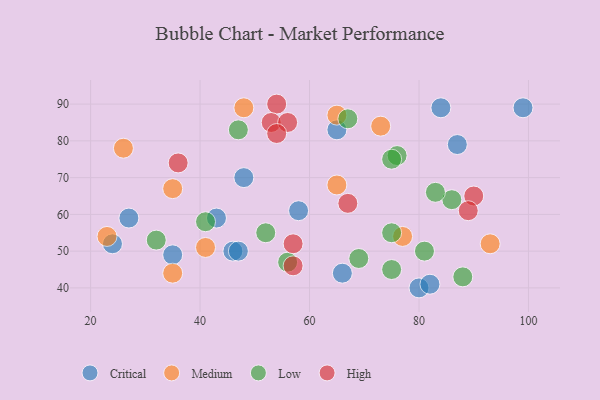
{"axis": {"x": "GDP", "y": "Life Expectancy"}, "legend": ["Critical", "High", "Low", "Medium"], "data": [{"x": "27", "y": 59, "type": "Critical"}, {"x": "84", "y": 89, "type": "Critical"}, {"x": "80", "y": 40, "type": "Critical"}, {"x": "82", "y": 41, "type": "Critical"}, {"x": "87", "y": 79, "type": "Critical"}, {"x": "24", "y": 52, "type": "Critical"}, {"x": "66", "y": 44, "type": "Critical"}, {"x": "58", "y": 61, "type": "Critical"}, {"x": "43", "y": 59, "type": "Critical"}, {"x": "99", "y": 89, "type": "Critical"}, {"x": "48", "y": 70, "type": "Critical"}, {"x": "46", "y": 50, "type": "Critical"}, {"x": "47", "y": 50, "type": "Critical"}, {"x": "65", "y": 83, "type": "Critical"}, {"x": "35", "y": 49, "type": "Critical"}, {"x": "77", "y": 54, "type": "Medium"}, {"x": "65", "y": 87, "type": "Medium"}, {"x": "26", "y": 78, "type": "Medium"}, {"x": "48", "y": 89, "type": "Medium"}, {"x": "35", "y": 67, "type": "Medium"}, {"x": "65", "y": 68, "type": "Medium"}, {"x": "35", "y": 44, "type": "Medium"}, {"x": "41", "y": 51, "type": "Medium"}, {"x": "73", "y": 84, "type": "Medium"}, {"x": "93", "y": 52, "type": "Medium"}, {"x": "23", "y": 54, "type": "Medium"}, {"x": "32", "y": 53, "type": "Low"}, {"x": "86", "y": 64, "type": "Low"}, {"x": "75", "y": 55, "type": "Low"}, {"x": "69", "y": 48, "type": "Low"}, {"x": "76", "y": 76, "type": "Low"}, {"x": "67", "y": 86, "type": "Low"}, {"x": "75", "y": 45, "type": "Low"}, {"x": "47", "y": 83, "type": "Low"}, {"x": "81", "y": 50, "type": "Low"}, {"x": "75", "y": 75, "type": "Low"}, {"x": "41", "y": 58, "type": "Low"}, {"x": "88", "y": 43, "type": "Low"}, {"x": "52", "y": 55, "type": "Low"}, {"x": "83", "y": 66, "type": "Low"}, {"x": "56", "y": 47, "type": "Low"}, {"x": "57", "y": 52, "type": "High"}, {"x": "54", "y": 90, "type": "High"}, {"x": "67", "y": 63, "type": "High"}, {"x": "53", "y": 85, "type": "High"}, {"x": "36", "y": 74, "type": "High"}, {"x": "57", "y": 46, "type": "High"}, {"x": "90", "y": 65, "type": "High"}, {"x": "89", "y": 61, "type": "High"}, {"x": "56", "y": 85, "type": "High"}, {"x": "54", "y": 82, "type": "High"}]}